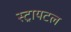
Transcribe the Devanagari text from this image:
स्ट्रायटल